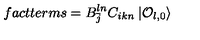
f a c t t e r m s = B _ { \bar { j } } ^ { l n } C _ { i k n } \: | { \cal O } _ { l , 0 } \rangle \,